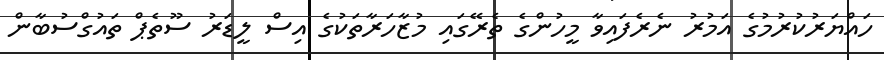
ހައްޔަރުކުރުމުގެ އަމުރު ނެރެފައިވާ މީހުންގެ ތެރޭގައި މުޒާހަރާތަކުގެ އިސް ލީޑަރު ސޫތެޕް ތައުގްސުބާން